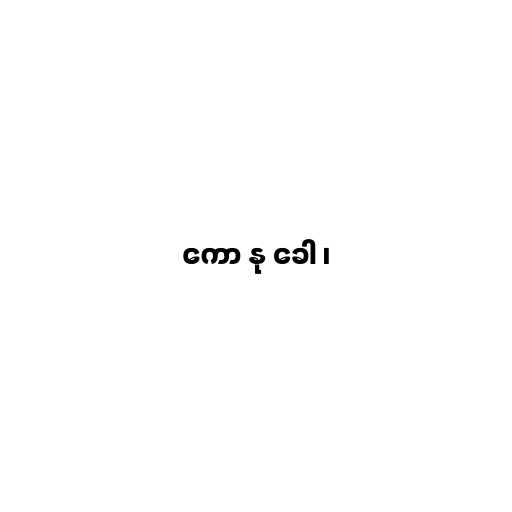
ကော နု ခေါ ၊